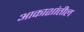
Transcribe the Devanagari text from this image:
आकाशांतील